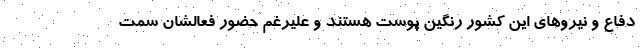
دفاع و نیروهای این کشور رنگین پوست هستند و علیرغم حضور فعالشان سمت